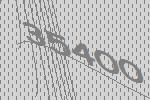
35400